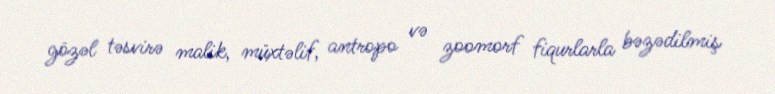
gözəl təsvirə malik, müxtəlif, antropo və zoomorf fiqurlarla bəzədilmiş